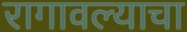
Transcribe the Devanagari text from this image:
रागावल्याचा